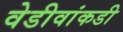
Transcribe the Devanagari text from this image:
वेडीवांकडी